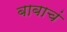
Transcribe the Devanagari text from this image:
बाबाचं